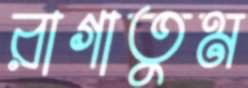
রাগাতুম